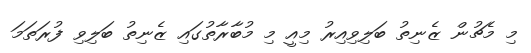
މި މެޗުން ޒެނިތު ބަލިވިއިރު މިއީ މި މުބާރާތުގައި ޒެނިތު ބަލިވި ފުރަތަމަ